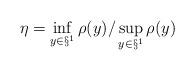
LaTeX: \begin{align*}\eta=\inf_{y\in\S^1} \rho(y)/ \sup_{y\in\S^1} \rho(y)\end{align*}